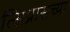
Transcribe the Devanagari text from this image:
त्सिप्रासच्या